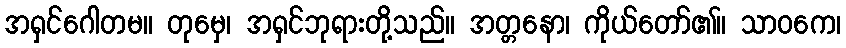
အရှင်ဂေါတမ။ တုမှေ၊ အရှင်ဘုရားတို့သည်။ အတ္တနော၊ ကိုယ်တော်၏။ သာဝကေ၊